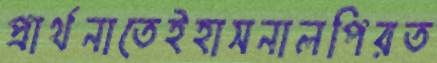
প্রার্থনাতেইহাসনালপিরত